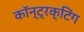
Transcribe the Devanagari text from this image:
कॉन्ट्रक्टिंग